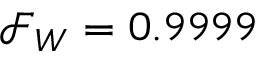
\mathcal { F } _ { W } = 0 . 9 9 9 9